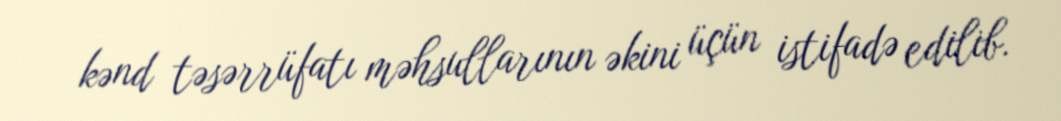
kənd təsərrüfatı məhsullarının əkini üçün istifadə edilib.